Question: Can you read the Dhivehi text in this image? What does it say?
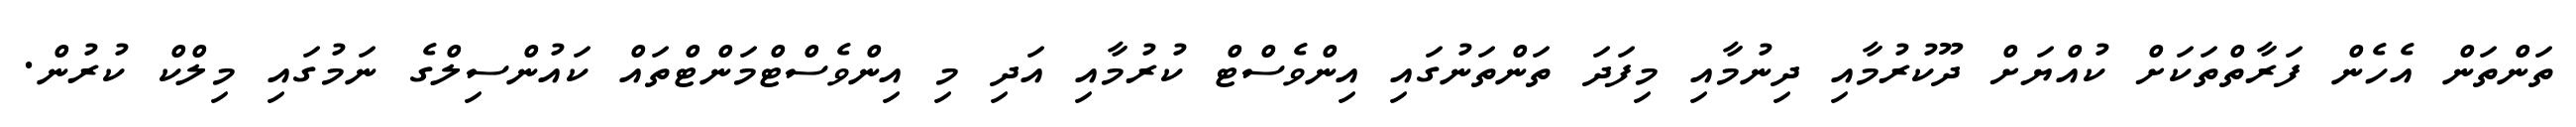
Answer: ތަންތަން އެހެން ފަރާތްތަކަށް ކުއްޔަށް ދޫކުރުމާއި ދިނުމާއި މިފަދަ ތަންތަނުގައި އިންވެސްޓް ކުރުމާއި އަދި މި އިންވެސްޓްމަންޓްތައް ކައުންސިލްގެ ނަމުގައި މިލްކް ކުރުން.